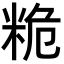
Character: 𮇙